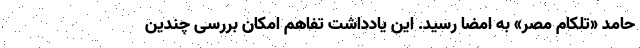
حامد «تلکام مصر» به امضا رسید. این یادداشت تفاهم امکان بررسی چندین